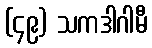
(၄၉) သကဒါဂါမီ